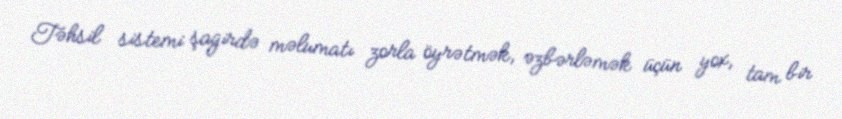
Təhsil sistemi şagirdə məlumatı zorla öyrətmək, əzbərləmək üçün yox, tam bir